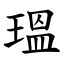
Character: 瑥